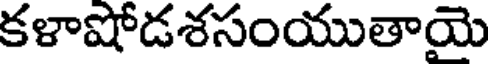
కళాషోడశసంయుతాయె